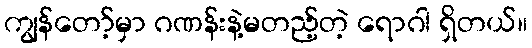
ကျွန်တော့်မှာ ဂဏန်းနဲ့မတည့်တဲ့ ရောဂါ ရှိတယ်။